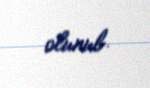
olunub.